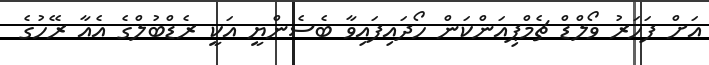
އަށް ފަހަރު ވޯލްޑް ޗެމްޕިއަންކަން ހޯދައިފައިވާ ބެސެންޔީ އަކީ ރެޑްބުލްގެ އެއާ ރޭހުގެ